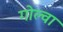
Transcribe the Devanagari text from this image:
गोल्वा